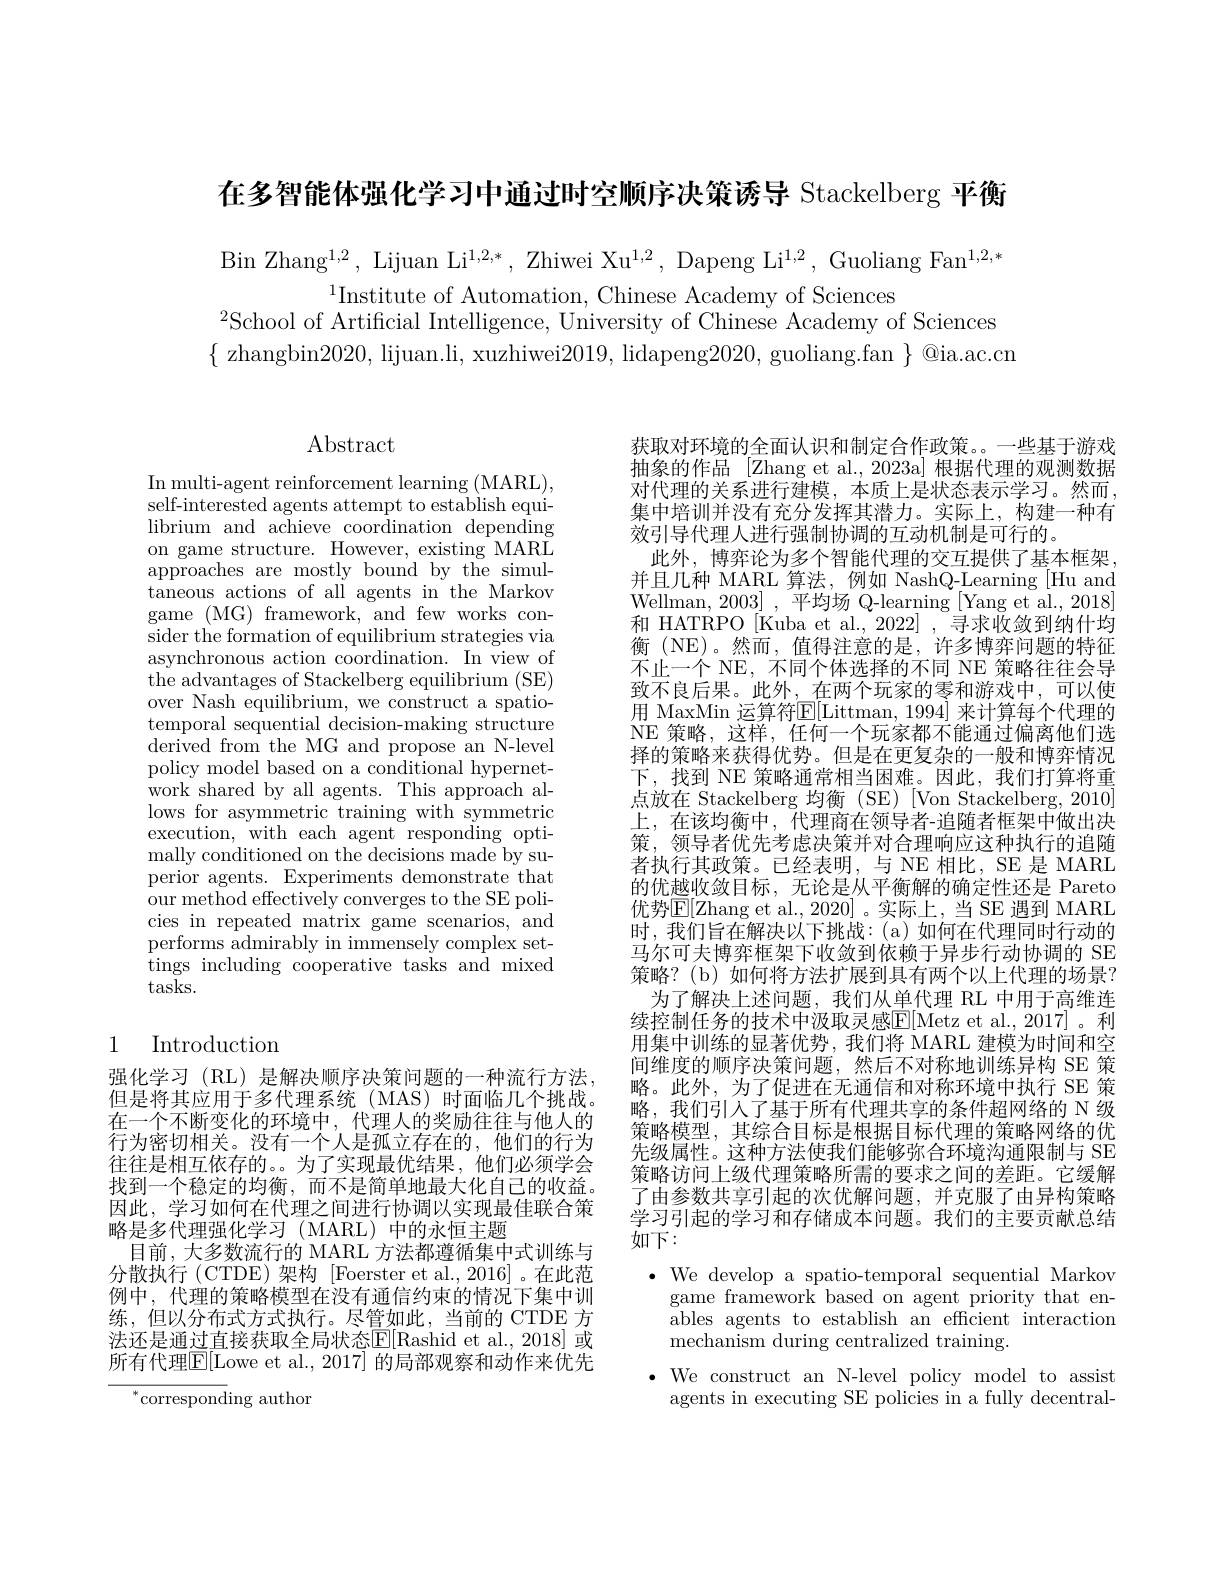
在多智能体强化学习中通过时空顺序决策诱导 Stackelberg 平衡

Bin Zhang$^1,2$, Lijuan Li$^1,2,*$, Zhiwei Xu$^1,2$, Dapeng Li$^1,2$, Guoliang Fan$^1,2,*$
$^{1}$Institute of Automation, Chinese Academy of Sciences
$^{2}$School of Artificial Intelligence, University of Chinese Academy of Sciences $\{$ zhangbin2020, lijuan.li, xuzhiwei2019, lidapeng2020, guoliang.fan $\}$ @ia.ac.cn

# $\operatorname{Abstract}$

In multi-agent reinforcement learning (MARL), self-interested agents attempt to establish equilibrium and achieve coordination depending on game structure. However, existing MARL approaches are mostly bound by the simultaneous actions of all agents in the Markov game ( MG) framework, and few works con- sider the formation of equilibrium strategies via asynchronous action coordination. In view of the advantages of Stackelberg equilibrium (SE) over Nash equilibrium, we construct a spatiotemporal sequential decision-making structure $\bar{\text{derived from the MG and propose an N-level}}$ policy model based on a conditional hypernetwork shared by all agents. This approach allows for asymmetric training with symmetric execution, with each agent responding optimally conditioned on the decisions made by superior agents. Experiments demonstrate that our method effectively converges to the SE policies in repeated matrix game scenarios, and performs admirably in immensely complex settings including cooperative tasks and mixed tasks.

## 1 Introduction

强化学习(RL)是解决顺序决策问题的一种流行方法但是将其应用于多代理系统(MAS)时面临几个挑战。在一个不断变化的环境中，代理人的奖励往往与他人的行为密切相关。没有一个人是孤立存在的，他们的行为往往是相互依存的。。为了实现最优结果，他们必须学会找到一个稳定的均衡，而不是简单地最大化自己的收益。因此，学习如何在代理之间进行协调以实现最佳联合策略是多代理强化学习 (MARL) 中的永恒主题
目前，大多数流行的 MARL 方法都遵循集中式训练与分散执行 (CTDE)架构 [Foerster et al., 2016]。在此范例中，代理的策略模型在没有通信约束的情况下集中训练，但以分布式方式执行。尽管如此，当前的 CTDE 方法还是通过直接获取全局状态$\mathbb{E}[$Rashid et al., 2018] 或所有代理$\mathbb{E}[$Lowe et al., 2017] 的局部观察和动作来优先

$^{*}$corresponding author

获取对环境的全面认识和制定合作政策。一些基于游戏抽象的作品 [Zhang et al.,2023a]根据代理的观测数据对代理的关系进行建模，本质上是状态表示学习。然而集中培训并没有充分发挥其潜力。实际上，构建一种有效引导代理人进行强制协调的互动机制是可行的。
此外，博弈论为多个智能代理的交互提供了基本框架， 并且几种 MARL 算法，例如 NashQ-Learning [Hu and] Wellman, 2003],平均场 Q-learning [Yang et al., 2018] 和 HATRPO [Kuba et al., 2022] , 寻求收敛到纳什均衡 (NE)。然而，值得注意的是，许多博弈问题的特征不止一个 NE, 不同个体选择的不同 NE 策略往往会导致不良后果。此外，在两个玩家的零和游戏中，可以使用 MaxMin 运算符$\overline{\mathbb{E}}[$Littman, 1994] 来计算每个代理的NE 策略，这样，任何一个玩家都不能通过偏离他们选择的策略来获得优势。但是在更复杂的一般和博弈情况下，找到 NE 策略通常相当困难。因此，我们打算将重点放在 Stackelberg 均衡 (SE) [Von Stackelberg,2010] 上，在该均衡中，代理商在领导者-追随者框架中做出决策，领导者优先考虑决策并对合理响应这种执行的追随者执行其政策。已经表明，与 NE 相比，SE 是 MARL 的优越收敛目标，无论是从平衡解的确定性还是 Pareto 优势$\mathbb{E}[$Zhang et al., 2020] 。实际上，当 SE 遇到 MARL 时，我们旨在解决以下挑战：(a)如何在代理同时行动的马尔可夫博弈框架下收敛到依赖于异步行动协调的 SE 策略？(b)如何将方法扩展到具有两个以上代理的场景？
为了解决上述问题，我们从单代理 RL 中用于高维连续控制任务的技术中汲取灵感$\overline{\mathbb{E}}[$Metz et al.,2017]。利用集中训练的显著优势，我们将 MARL 建模为时间和空间维度的顺序决策问题，然后不对称地训练异构 SE 策略。此外，为了促进在无通信和对称环境中执行 SE 策略，我们引入了基于所有代理共享的条件超网络的 N 级策略模型，其综合目标是根据目标代理的策略网络的优先级属性。这种方法使我们能够弥合环境沟通限制与 SE 策略访问上级代理策略所需的要求之间的差距。它缓解了由参数共享引起的次优解问题，并克服了由异构策略学习引起的学习和存储成本问题。我们的主要贡献总结如下：
$\bullet$ We develop a spatio-temporal sequential Markov
game framework based on agent priority that enables agents to establish an efficient interaction

mechanism during centralized training.
$\bullet$ We construct an N-level policy model to assist
agents in executing SE policies in a fully decentral-